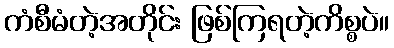
ကံစီမံတဲ့အတိုင်း ဖြစ်ကြရတဲ့ကိစ္စပဲ။